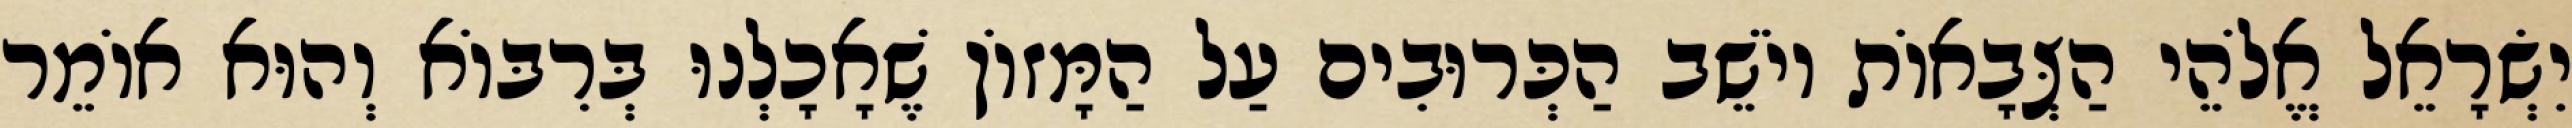
יִשְׂרָאֵל אֱלֹהֵי הַצְּבָאוֹת יוֹשֵׁב הַכְּרוּבִים עַל הַמָּזוֹן שֶׁאָכָלְנוּ בְּרִבּוֹא וְהוּא אוֹמֵר